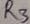
Text: R3